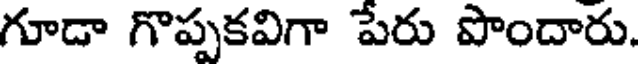
గూడా గొప్పకవిగా పేరు పొందారు.